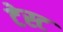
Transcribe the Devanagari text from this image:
टेस्‍ट